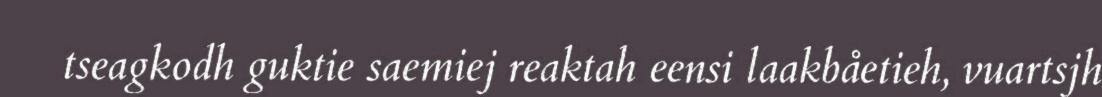
tseagkodh guktie saemiej reaktah eensi laakbåetieh, vuartsjh